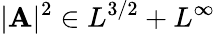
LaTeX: |\mathbf{A}|^{2}\in L^{3/2}+L^{\infty}